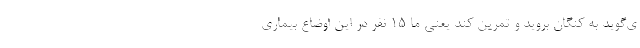
ی‌گوید به کنگان بروید و تمرین کند یعنی ما ۱۵ نفر در این اوضاع بیماری